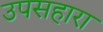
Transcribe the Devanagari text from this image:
उपसहारा